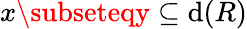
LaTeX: x\subseteqy\subseteq\mathrm{d}(R)